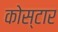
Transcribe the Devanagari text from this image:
कोस्टार